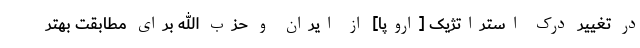
در تغییر درک استراتژیک [اروپا] از ایران و حزب الله برای مطابقت بهتر